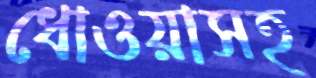
ধোওয়াসহ